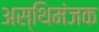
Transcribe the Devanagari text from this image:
अस्थिमंजक